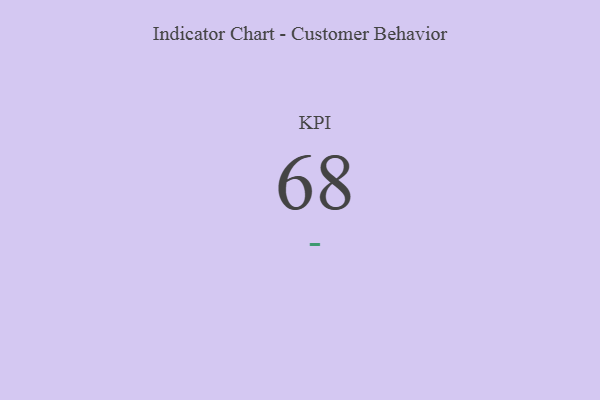
{"axis": {"x": "KPI", "y": "Value"}, "legend": [""], "data": [{"x": "KPI", "y": 68, "type": ""}]}